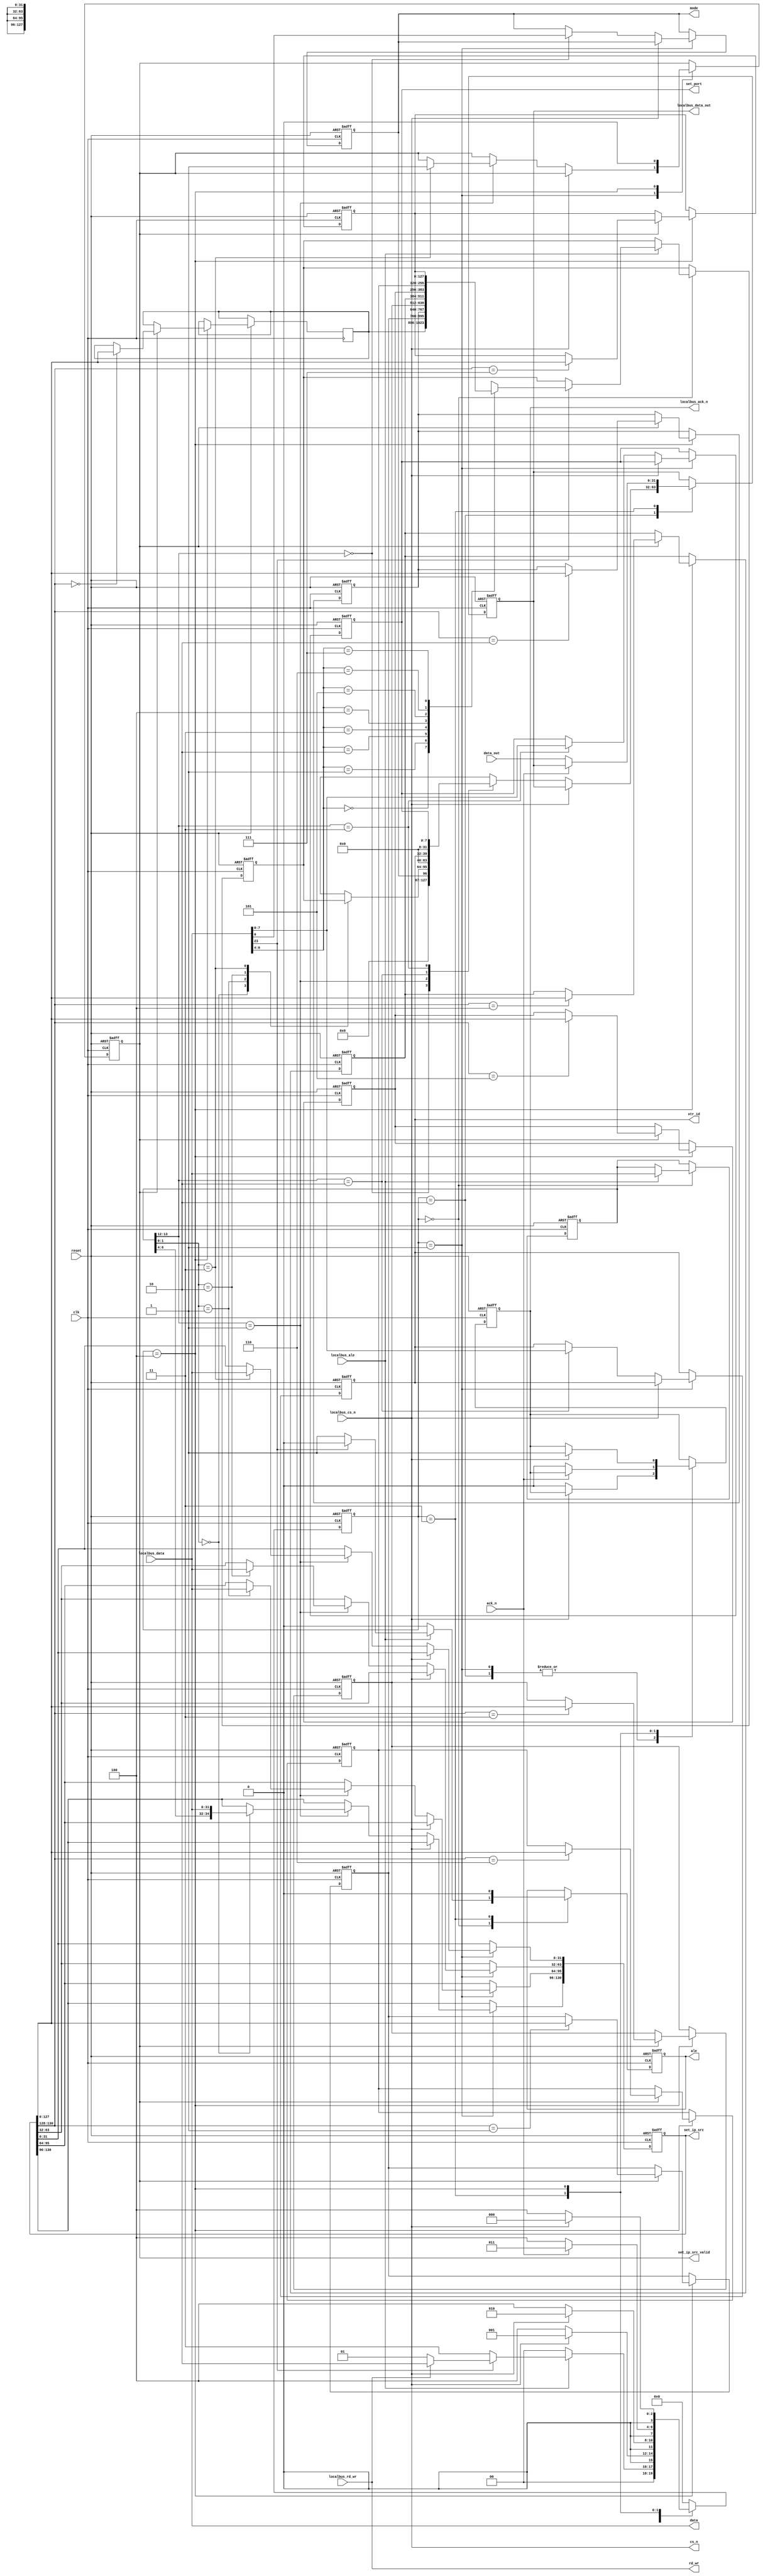
`timescale 1ns/1ps
module localbus_manage(
clk,
reset,
localbus_cs_n,
localbus_rd_wr,
localbus_data,
localbus_ale, 
localbus_ack_n,  
localbus_data_out,

cs_n,
rd_wr,
data,
ale, 
ack_n,  
data_out,

set_ip_src_valid,
set_ip_src,

mode,
xtr_id,

set_port

);
input clk;
input reset;

input localbus_cs_n;
input localbus_rd_wr;
input [31:0]  localbus_data;
input localbus_ale;
output  reg  localbus_ack_n;
output  reg  [31:0]  localbus_data_out;

output wire cs_n;
output wire rd_wr;
output wire [31:0]  data;
output reg ale;
input ack_n;
input [31:0]  data_out; 


output  reg set_ip_src_valid;
output  reg [130:0] set_ip_src;

output  reg mode;
output  reg [7:0] xtr_id;

output  reg [7:0] set_port;


//----------reg--------------//
reg [31:0]  localbus_addr;
reg [127:0] ip_src_1,ip_src_2,ip_src_3,ip_src_4,ip_src_5,ip_src_6,ip_src_7,ip_src_8;
reg [127:0] read_ip_src;


//--state--//
reg [3:0] localbus_state;

parameter   idle_s      = 4'd0,
            wait_set_s  = 4'd1,
            wait_read_s = 4'd2,
            wait_ack_s  = 4'd3,
            wait_back_s = 4'd4;


assign rd_wr = localbus_rd_wr;
assign data = localbus_data;
assign cs_n = localbus_cs_n;


//----------------localbus_state-------------//
always @ (posedge clk or negedge reset)
begin
    if(!reset)
      begin
          set_ip_src_valid <= 1'b0;
          set_ip_src <= 130'b0;
          
          mode <= 1'b1;
          xtr_id <= 8'h12;
          set_port <= 8'h80;
          
          ale <= 1'b0;
          localbus_ack_n <= 1'b1;
          localbus_data_out <= 32'b0;
          
          localbus_addr <= 32'b0;
		  read_ip_src <= 128'b0;
         // ip_src_1 <= 128'b0;
		 ip_src_2 <= 128'b0;ip_src_3 <= 128'b0;ip_src_4 <= 128'b0;
          ip_src_5 <= 128'b0;ip_src_6 <= 128'b0;ip_src_7 <= 128'b0;ip_src_8 <= 128'b0;
          
          
          localbus_state <= idle_s;
      end
    else
      begin
        case(localbus_state)
          idle_s:
          begin
              if(localbus_ale == 1'b1)
                begin
                    localbus_addr <= localbus_data;
                    if(localbus_data[23] == 1'b1)
                      begin
                          ale <= 1'b0;
                          if(localbus_rd_wr == 1'b1) localbus_state <= wait_read_s;
                          else  localbus_state <= wait_set_s;
                          case(localbus_data[6:4])
                            3'd0: read_ip_src <= ip_src_1;
                            3'd1: read_ip_src <= ip_src_2;
                            3'd2: read_ip_src <= ip_src_3;
                            3'd3: read_ip_src <= ip_src_4;
                            3'd4: read_ip_src <= ip_src_5;
                            3'd5: read_ip_src <= ip_src_6;
                            3'd6: read_ip_src <= ip_src_7;
                            3'd7: read_ip_src <= ip_src_8;
                          endcase
                      end
                    else
                      begin
                          ale <= 1'b1;
                          localbus_state <= wait_ack_s;
                      end
                end
              else
                begin
                    ale <= 1'b0;
                    localbus_state <= idle_s;
                end
          end
          wait_set_s:
          begin
              if(localbus_cs_n == 1'b0)
                begin
                    case(localbus_addr[13:12])
                      2'd0: mode <= localbus_data[0];
                      2'd1:
                      begin
                          case(localbus_addr[1:0])
                            2'd0: set_ip_src[130:96] <= {localbus_addr[6:4],localbus_data};
                            2'd1: set_ip_src[95:64] <= localbus_data;
                            2'd2: set_ip_src[63:32] <= localbus_data;
                            2'd3:
                            begin
                                set_ip_src_valid <= 1'b1;
                                set_ip_src[31:0]  <= localbus_data;
                            end
                          endcase
                      end
                      2'd2: xtr_id <= localbus_data[7:0];
                      2'd3: set_port <= localbus_data[7:0];
                    endcase
                    localbus_ack_n <= 1'b0;
                    localbus_state <= wait_back_s;
                end
              else  localbus_state <= wait_set_s;
          end
          wait_read_s:
          begin
              if(localbus_cs_n == 1'b0)
                begin
                    case(localbus_addr[13:12])
                      2'd0: localbus_data_out <= {31'b0,mode};
                      2'd1:
                      begin
                        case(localbus_addr[1:0])
                          2'd0: localbus_data_out <= read_ip_src[127:96];
                          2'd1: localbus_data_out <= read_ip_src[95:64];
                          2'd2: localbus_data_out <= read_ip_src[63:32];
                          2'd3: localbus_data_out <= read_ip_src[31:0];
                        endcase
                      end
                      2'd2: localbus_data_out <= {24'b0,xtr_id};
                      2'd3: localbus_data_out <= {24'b0,set_port};
                    endcase
                    localbus_ack_n <= 1'b0;
                    localbus_state <= wait_back_s;
                end
              else  localbus_state <= wait_read_s;
          end
          wait_ack_s:
          begin
              ale <= 1'b0;
              if(ack_n == 1'b0)
                begin
                    localbus_data_out <= data_out;
                    localbus_ack_n <= 1'b0;
                    
                    localbus_state <= wait_back_s;
                end
              else  localbus_state <= wait_ack_s;
          end
          wait_back_s:
          begin
              if(set_ip_src_valid == 1'b1)
                begin
                    case(set_ip_src[130:128])
                      3'd0: ip_src_1 <= set_ip_src[127:0];
                      3'd1: ip_src_2 <= set_ip_src[127:0];
                      3'd2: ip_src_3 <= set_ip_src[127:0];
                      3'd3: ip_src_4 <= set_ip_src[127:0];
                      3'd4: ip_src_5 <= set_ip_src[127:0];
                      3'd5: ip_src_6 <= set_ip_src[127:0];
                      3'd6: ip_src_7 <= set_ip_src[127:0];
                      3'd7: ip_src_8 <= set_ip_src[127:0];
                    endcase
                end
              set_ip_src_valid <= 1'b0;
              if(localbus_cs_n == 1'b1)
                begin
                    localbus_ack_n <= 1'b1;
                    
                    localbus_state <= idle_s;
                end
              else  localbus_state <= wait_back_s;
          end
          default:
          begin
              localbus_state <= idle_s;
          end
        endcase
      end
end



















endmodule